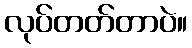
လုပ်တတ်တာပဲ။